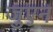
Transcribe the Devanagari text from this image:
जुएन